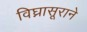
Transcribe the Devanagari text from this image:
विघ्नासूराने